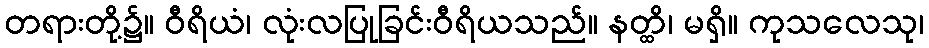
တရားတို့၌။ ဝီရိယံ၊ လုံးလပြုခြင်းဝီရိယသည်။ နတ္ထိ၊ မရှိ။ ကုသလေသု၊